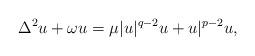
LaTeX: \begin{align*}\Delta^{2}u+\omega u=\mu|u|^{q-2}u+u|^{p-2}u,\end{align*}